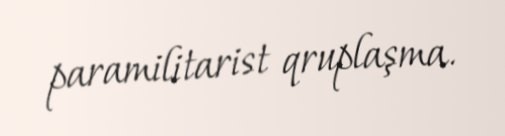
paramilitarist qruplaşma.